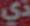
ذي